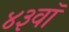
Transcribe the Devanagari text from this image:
४३वॉ